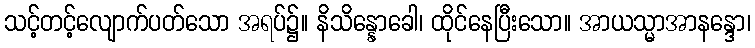
သင့်တင့်လျောက်ပတ်သော အရပ်၌။ နိသိန္နောခေါ၊ ထိုင်နေပြီးသော။ အာယသ္မာအာနန္ဒော၊